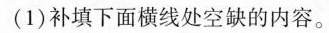
(1)补填下面横线处空缺的内容。